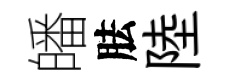
皤胠陸